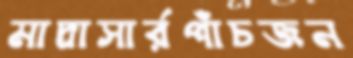
মাদ্রাসার্রপাঁচজন